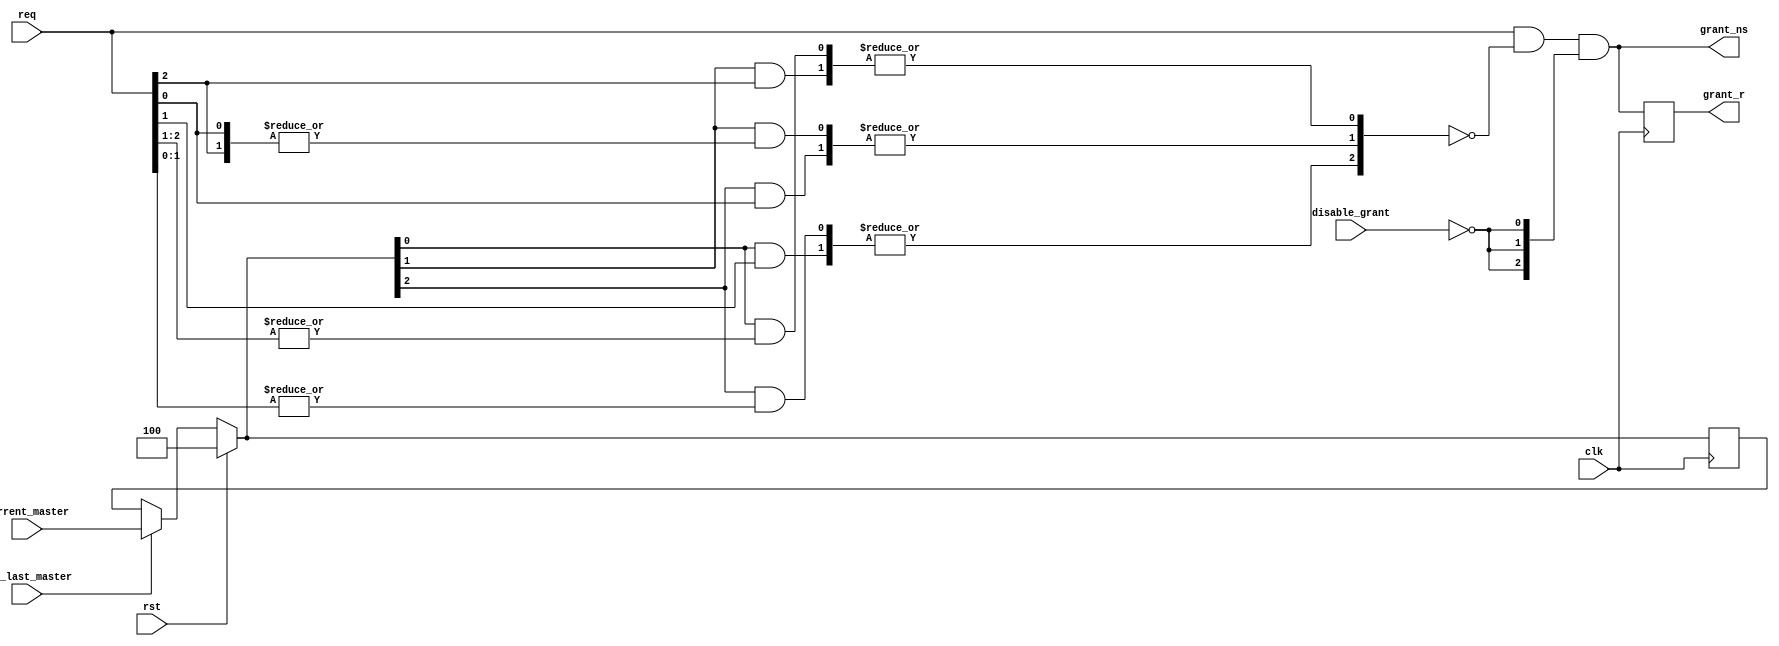
module round_robin_arb
  #(
    parameter TCQ = 100,
    parameter WIDTH = 3
   )
   (
    /*AUTOARG*/
  // Outputs
  grant_ns, grant_r,
  // Inputs
  clk, rst, req, disable_grant, current_master, upd_last_master
  );

  input clk;
  input rst;

  input [WIDTH-1:0] req;

  wire [WIDTH-1:0] last_master_ns;

  reg [WIDTH*2-1:0] dbl_last_master_ns;
  always @(/*AS*/last_master_ns)
    dbl_last_master_ns = {last_master_ns, last_master_ns};
  reg [WIDTH*2-1:0] dbl_req;
  always @(/*AS*/req) dbl_req = {req, req};

  reg [WIDTH-1:0] inhibit = {WIDTH{1'b0}};

  genvar i;
  genvar j;
  generate
    for (i = 0; i < WIDTH; i = i + 1) begin : channel
      wire [WIDTH-1:1] inh_group;
      for (j = 0; j < (WIDTH-1); j = j + 1) begin : last_master
          assign inh_group[j+1] =
                  dbl_last_master_ns[i+j] && |dbl_req[i+WIDTH-1:i+j+1];
      end
      always @(/*AS*/inh_group) inhibit[i] = |inh_group;
    end
  endgenerate

  input disable_grant;
  output wire [WIDTH-1:0] grant_ns;
  assign grant_ns = req & ~inhibit & {WIDTH{~disable_grant}};

  output reg [WIDTH-1:0] grant_r;
  always @(posedge clk) grant_r <= #TCQ grant_ns;

  input [WIDTH-1:0] current_master;
  input upd_last_master;
  reg [WIDTH-1:0] last_master_r;
  localparam ONE = 1 << (WIDTH - 1); //Changed form '1' to fix the CR #544024
                                     //A '1' in the LSB of the last_master_r 
                                     //signal gives a low priority to req[0]
                                     //after reset. To avoid this made MSB as
                                     //'1' at reset.
  assign last_master_ns = rst
                            ? ONE[0+:WIDTH]
                            : upd_last_master
                                ? current_master
                                : last_master_r;
  always @(posedge clk) last_master_r <= #TCQ last_master_ns;

`ifdef MC_SVA
  grant_is_one_hot_zero:
    assert property (@(posedge clk) (rst || $onehot0(grant_ns)));
  last_master_r_is_one_hot:
    assert property (@(posedge clk) (rst || $onehot(last_master_r)));
`endif

endmodule